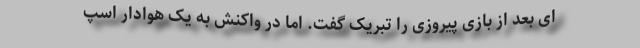
ای بعد از بازی پیروزی را تبریک گفت. اما در واکنش به یک هوادار اسپ